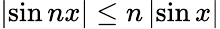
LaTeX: |\! \sin nx|\leq n\, |\! \sin x|